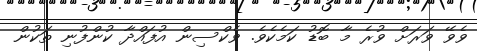
ވެވޭ ވަރަށް ވުރެ މާ ބޮޑު ކަމެކެވެ. ވެކްސިން އުފައްދާ ކުންފުނި ތަކުން